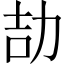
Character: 劼